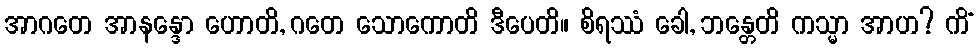
အာဂတေ အာနန္ဒော ဟောတိ, ဂတေ သောကောတိ ဒီပေတိ။ စိရဿံ ခေါ, ဘန္တေတိ ကသ္မာ အာဟ? ကိံ